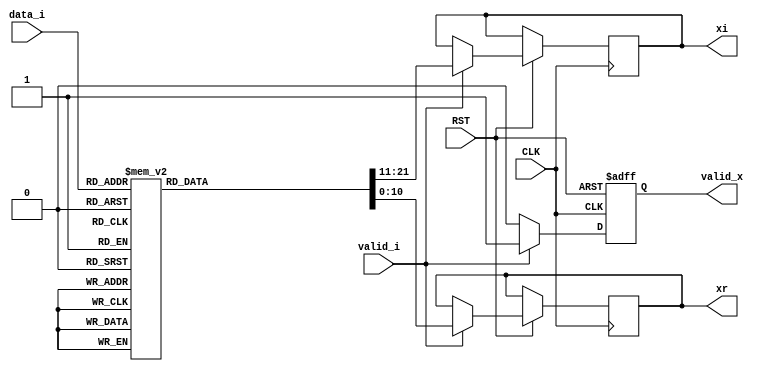

module qam16
  (
   input                CLK,
   input                RST,

   input                valid_i,
   input [3:0]          data_i,

   output reg              valid_x,
   output reg signed [10:0] xr,
   output reg signed [10:0] xi
   );

  always @(posedge CLK or negedge RST) begin
    if (RST == 1'b0) begin
      valid_x <= 1'b0;
    end else if (valid_i == 1'b1) begin
      valid_x <= 1'b1;
      case (data_i)
        4'b0000 : begin xr <= 11'd6; xi <= 11'd6; end
        4'b0001 : begin xr <= 11'd6; xi <= 11'd2; end
        4'b0010 : begin xr <= 11'd2; xi <= 11'd6; end
        4'b0011 : begin xr <= 11'd2; xi <= 11'd2; end
        4'b0100 : begin xr <= 11'd6; xi <= -11'd6; end
        4'b0101 : begin xr <= 11'd6; xi <= -11'd2; end
        4'b0110 : begin xr <= 11'd2; xi <= -11'd6; end
        4'b0111 : begin xr <= 11'd2; xi <= -11'd2; end
        4'b1000 : begin xr <= -11'd6; xi <= 11'd6; end
        4'b1001 : begin xr <= -11'd6; xi <= 11'd2; end
        4'b1010 : begin xr <= -11'd2; xi <= 11'd6; end
        4'b1011 : begin xr <= -11'd2; xi <= 11'd2; end
        4'b1100 : begin xr <= -11'd6; xi <= -11'd6; end
        4'b1101 : begin xr <= -11'd6; xi <= -11'd2; end
        4'b1110 : begin xr <= -11'd2; xi <= -11'd6; end
        4'b1111 : begin xr <= -11'd2; xi <= -11'd2; end
      endcase
    end else if (valid_i == 1'b0) begin
      valid_x <= 1'b0;
    end
  end
endmodule